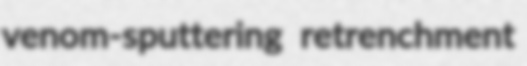
venom-sputtering retrenchment